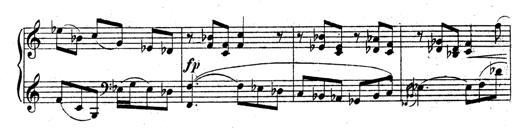
Title: 3 Sonatinas for Piano
Composer: Vissarion Shebalin